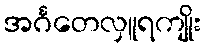
အင်္ဂတေလှူရကျိုး